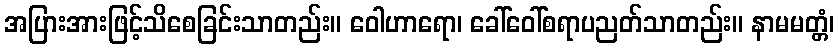
အပြားအားဖြင့်သိစေခြင်းသာတည်း။ ဝေါဟာရော၊ ခေါ်ဝေါ်စရာပညတ်သာတည်း။ နာမမတ္တံ၊